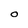
Character: O